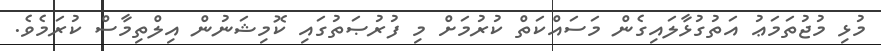
މުޅި މުޖުތަމަޢު އަތުގުޅާލައިގެން މަސައްކަތް ކުރުމަށް މި ފުރުޞަތުގައި ކޮމިޝަނުން އިލްތިމާސް ކުރަމެވެ.